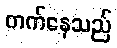
တက်နေသည်